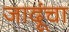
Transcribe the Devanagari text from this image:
जादूंचा